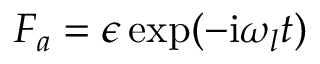
F _ { a } = \epsilon \exp ( - \mathrm { i } \omega _ { l } t )